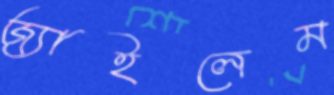
জ্যাইলেম